Lunatic asylums Central Provinces reports 1886-1894 - 1886-1894
Year: 1886
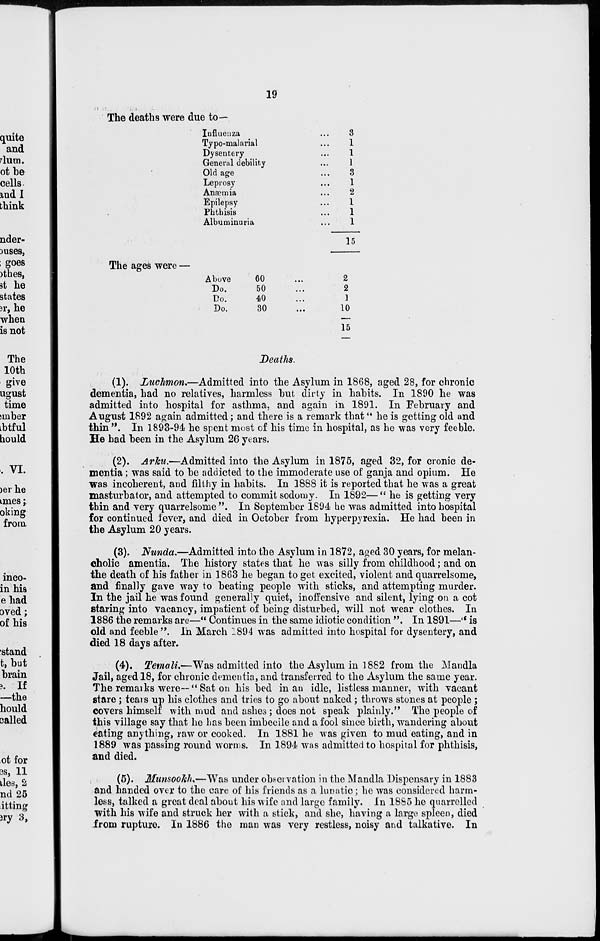
19
The deaths were due to—
Influenza ...
Typo-malarial ...
Dysentery ...
General debility ...
Old age ...
Leprosy ...
Anæmia ...
Epilepsy ...
Phthisis ...
Albuminuria ...
3
1
1
1
3
1
2
1
1
1
15
The ages were —
Above
Do.
Do.
Do.
60 ...
50 ...
40 ...
30 ...
2
2
1
10
15
Deaths.
(1). Luchmon.—Admitted into the Asylum in 1868, aged 28, for chronic
dementia, had no relatives, harmless but dirty in habits. In 1890 he was
admitted into hospital for asthma, and again in 1891. In February and
August 1892 again admitted; and there is a remark that" he is getting old and
thin". In 1893-94 he spent most of his time in hospital, as he was very feeble.
He had been in the Asylum 26 years.
(2). Arku.—Admitted into the Asylum in 1875, aged 32, for cronic de-
mentia ; was said to be addicted to the immoderate use of ganja and opium. He
was incoherent, and filthy in habits. In 1888 it is reported that he was a great
masturbator, and attempted to commit sodomy. In 1892— " he is getting very
thin and very quarrelsome". In September 1894 he was admitted into hospital
for continued fever, and died in October from hyperpyrexia. He had been in
the Asylum 20 years.
(3). Nunda.—Admitted into the Asylum in 1872, aged 30 years, for melan-
cholic amentia. The history states that he was silly from childhood; and on
the death of his father in 1863 he began to get excited, violent and quarrelsome,
and finally gave way to beating people with sticks, and attempting murder.
In the jail he was found generally quiet, inoffensive and silent, lying on a cot
staring into vacancy, impatient of being disturbed, will not wear clothes. In
1886 the remarks are—" Continues in the same idiotic condition ". In 1891—" is
old and feeble ". In March 1894 was admitted into hospital for dysentery, and
died 18 days after.
(4). Temali.—Was admitted into the Asylum in 1882 from the Mandla
Jail, aged 18, for chronic dementia, and transferred to the Asylum the same year.
The remarks were—"Sat on his bed in an idle, listless manner, with vacant
stare; tears up his clothes and tries to go about naked; throws stones at people ;
covers himself with mud and ashes ; does not speak plainly." The people of
this village say that he has been imbecile and a fool since birth, wandering about
eating anything, raw or cooked. In 1881 he was given to mud eating, and in
1889 was passing round worms. In 1894 was admitted to hospital for phthisis,
and died.
(5). Munsookh—Was under observation in the Mandla Dispensary in 1883
and handed over to the care of his friends as a lunatic; he was considered harm-
less, talked a great deal about his wife and large family. In 1885 he quarrelled
with his wife and struck her with a stick, and she, having a large spleen, died
from rupture. In 1886 the man was very restless, noisy and talkative. In